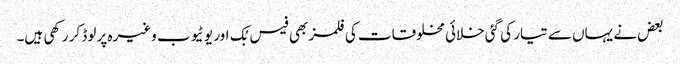
بعض نے یہاں سے تیار کی گئی خلائی مخلوقات کی فلمز بھی فیس بُک اور یو ٹیوب وغیرہ پر لوڈ کر رکھی ہیں۔